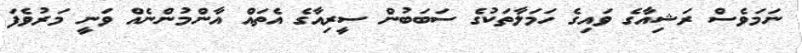
ނަމަވެސް ރަޝިއާގެ ވައިގެ ހަމަލާތަކުގެ ސަބަބުން ސީރިއާގެ އެތައް އާންމުންނެއް ވަނީ މަރުވެފަ